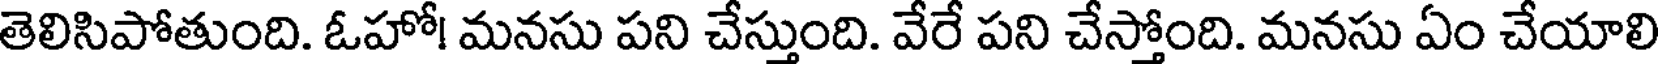
తెలిసిపోతుంది. ఓహో! మనసు పని చేస్తుంది. వేరే పని చేస్తోంది. మనసు ఏం చేయాలి